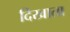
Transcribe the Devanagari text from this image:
दिखाता